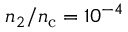
n _ { 2 } / n _ { \mathrm { c } } = 1 0 ^ { - 4 }